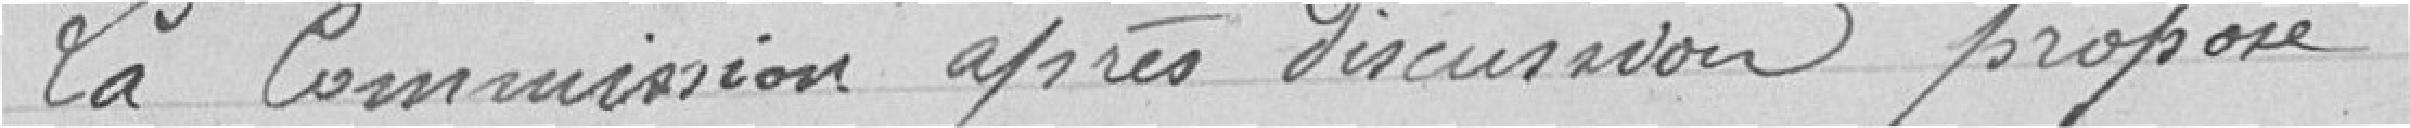
La Commission après discussion propose :